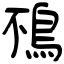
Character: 鴀